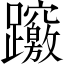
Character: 𨇶